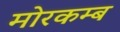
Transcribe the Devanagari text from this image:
मोरकम्ब